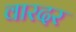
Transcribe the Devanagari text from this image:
वारदर